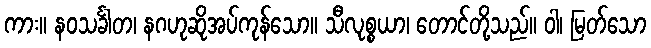
ကား။ နဝသင်္ခါတ၊ နဂဟုဆိုအပ်ကုန်သော။ သီလုစ္စယာ၊ တောင်တို့သည်။ ဝါ၊ မြတ်သော